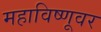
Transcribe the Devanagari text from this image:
महाविष्णूवर